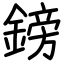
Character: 鎊